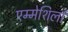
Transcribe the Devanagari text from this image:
एम्मेशिर्ला